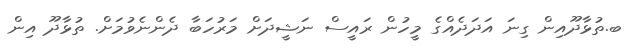
ބ.ތުޅާދޫއިން ގިނަ އަދަދެއްގެ މީހުން ރައީސް ނަޝީދަށް މަރުހަބާ ދެންނެވުމަށް. ތުޅާދޫ އިން